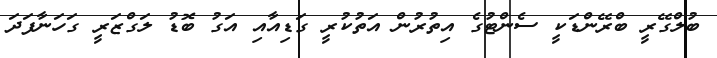
ބުލްގޭރީ ބްރޭންޑަކީ ސެންޓުގެ އިތުރުން އަތުކުރީ ގަޑިއާއި އަގު ބޮޑު ލަގްޒަރީ ގަހަނާފަދަ